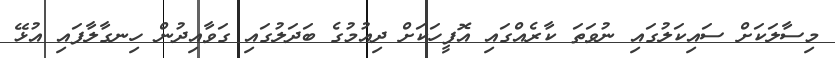
މިސާލަކަށް ސައިކަލުގައި ނުވަތަ ކާރެއްގައި އޮފީހަކަށް ދިއުމުގެ ބަދަލުގައި ގަވާއިދުން ހިނގާލާފައި އުޅޭ